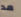
مد